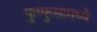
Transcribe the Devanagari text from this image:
फुप्फुसामध्ये